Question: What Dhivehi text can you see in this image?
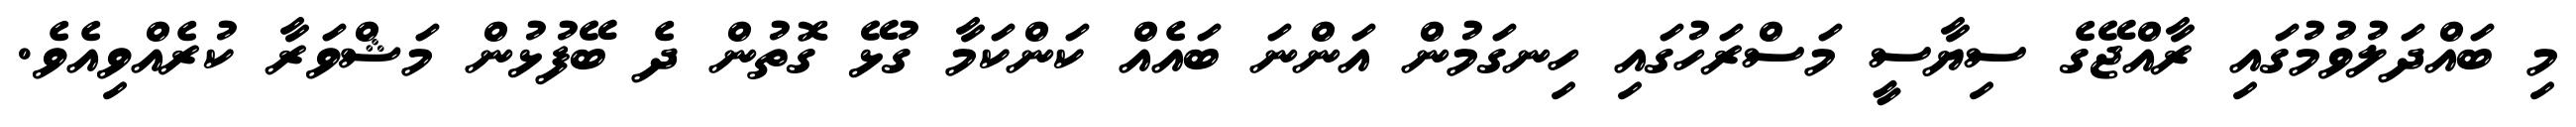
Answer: މި ބައްދަލުވުމުގައި ރާއްޖޭގެ ސިޔާސީ މަސްރަހުގައި ހިނގަމުން އަންނަ ބައެއް ކަންކަމާ ގުޅޭ ގޮތުން ދެ ބޭފުޅުން މަޝްވަރާ ކުރެއްވިއެވެ.